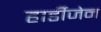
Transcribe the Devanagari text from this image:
हार्डीजेन